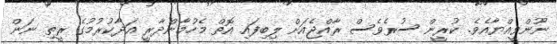
ނޫންވީއްޔާއެވެ. ކުރީން ސުރެވެސް ރާއްޖެއަށް ލިބިފައި އޮތް މެހުމާންދާރީ އަދާކުރުމުގެ ރީތި ނަން